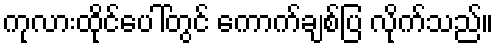
ကုလားထိုင်ပေါ်တွင် ကောက်ချစ်ပြ လိုက်သည်။